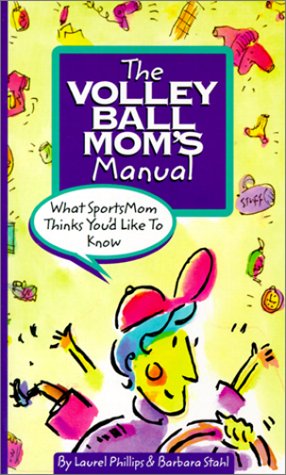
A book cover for The Volleyball Mom's Manual: What SportsMom Thinks You'd Like to Know (SportsMom sports manual); Laurel Phillips; Sports & Outdoors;